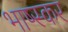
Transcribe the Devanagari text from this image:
भाष्स्कर